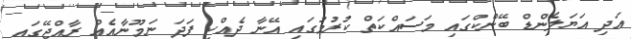
އަދި އަޔަލެންޑް ބޭންކްގައި މަސައްކަތް ކުރުމުގައި އޭނާ ދެއްކި ފަދަ ނަމޫނާއެއް ރާއްޖޭގައި